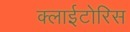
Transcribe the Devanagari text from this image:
क्लाईटोरिस